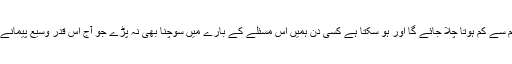
یوں یہ خطرہ کم سے کم ہوتا چلا جائے گا اور ہو سکتا ہے کسی دن ہمیں اس مسئلے کے بارے میں سوچنا بھی نہ پڑے جو آج اس قدر وسیع پیمانے پر موجود ہے۔